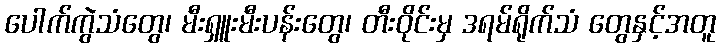
ပေါက်ကွဲသံတွေ၊ မီးရှူးမီးပန်းတွေ၊ တီးဝိုင်းမှ ဒရမ်ရိုက်သံ တွေနှင့်အတူ